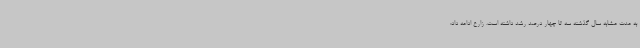
به مدت مشابه سال گذشته سه تا چهار درصد رشد داشته است. زارع ادامه داد: